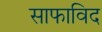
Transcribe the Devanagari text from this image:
साफाविद